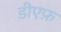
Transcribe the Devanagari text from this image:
डीएफ़